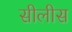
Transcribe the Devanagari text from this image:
सीलीस